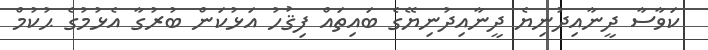
ކަވާސާ ދީނާއިދުނިޔެ ދީނާއިދުނިޔޭގެ ބައިތައް ފިޤުހު އަޅުކަން ބުރުގާ އެޅުމުގެ ޙުކުމް